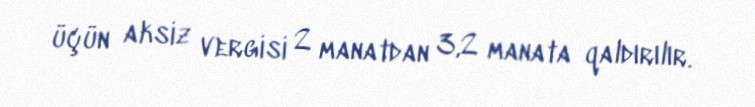
üçün aksiz vergisi 2 manatdan 3,2 manata qaldırılır.